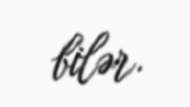
bilər.